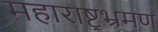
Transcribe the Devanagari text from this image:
महाराष्ट्रभ्रमण